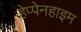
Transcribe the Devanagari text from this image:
हेप्पेनहाइम